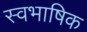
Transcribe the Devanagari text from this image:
स्वभाषिक